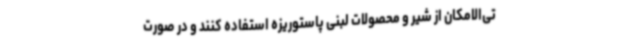
تی‌الامکان از شیر و محصولات لبنی پاستوریزه استفاده کنند و در صورت